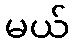
မယ်